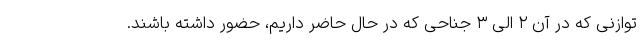
توازنی که در آن ۲ الی ۳ جناحی که در حال حاضر داریم، حضور داشته باشند.